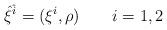
LaTeX: \begin{align*}{\hat \xi}^{\hat i}= (\xi^i,\rho)\qquad i=1,2\end{align*}